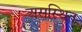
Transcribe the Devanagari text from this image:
असस्थित